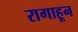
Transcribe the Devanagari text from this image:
रागाहून